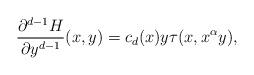
LaTeX: \begin{align*}\frac{\partial^{d-1}H}{\partial y^{d-1}}(x,y)=c_d(x)y \tau(x,x^{\alpha } y),\end{align*}